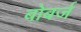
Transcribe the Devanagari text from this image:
बोबर्ज